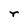
Character: r